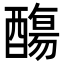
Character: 𨢩